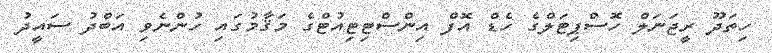
ހިތަދޫ ރީޖަނަލް ހޮސްޕިޓަލްގެ ހެޑް އޮފް އިންސްޓިޓިއުޓްގެ މަޤާމުގައި ހުންނެވި އަބްދު ސައީދު